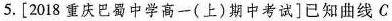
5.[2018重庆巴蜀中学高一(上)期中考试]已知曲线C